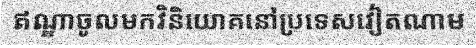
ឥណ្ឌាចូលមកវិនិយោគនៅប្រទេសវៀតណាម